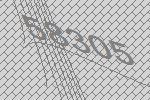
58305